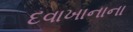
દવાખાનાના